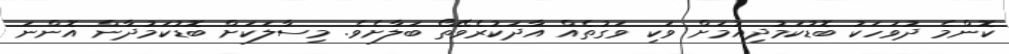
ކޮންމެ ދުވަހަކު ބޮޑުކަމުދިއުމަށް ވަކި ވަގުތެއް އާދަކުރެވޭތޯ ބަލާށެވެ. މިސާލަކަށް ބޮޑުކަމުދާން އޮންނަ